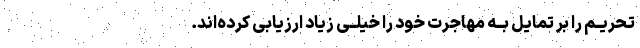
تحریــم را بر تمایل بــه مهاجرت خود را خیلــی زیاد ارزیابی کرده‌اند.